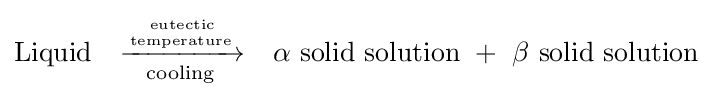
{\text{Liquid}}\quad {\xrightarrow[{\text{cooling}}]{{\text{eutectic}} \atop {\text{temperature}}}}\quad \alpha {\text{ solid solution}}\ +\ \beta {\text{ solid solution}}